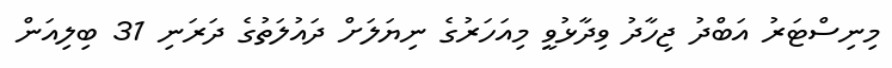
މިނިސްޓަރު އަބްދު ޖިހާދު ވިދާޅުވީ މިއަހަރުގެ ނިޔަލަށް ދައުލަތުގެ ދަރަނި 31 ބިލިއަން